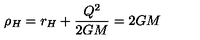
\rho _ { H } = r _ { H } + \frac { Q ^ { 2 } } { 2 G M } = 2 G M